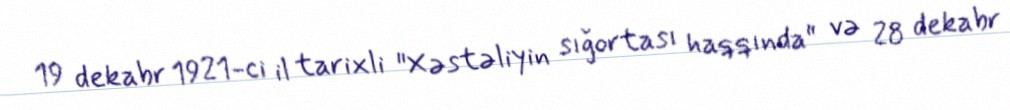
19 dekabr 1921-ci il tarixli "Xəstəliyin sığortası haqqında" və 28 dekabr